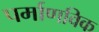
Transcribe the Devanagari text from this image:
पर्माणविक